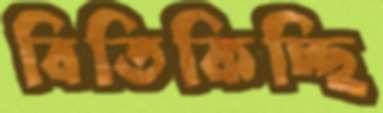
বিতিকিচ্ছি